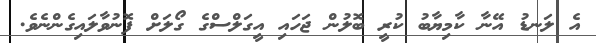
އެ ލަނޑު އޭނާ ކާމިޔާބު ކުރީ ބޮލުން ޖަހައި އީގަލްސްގެ ގޯލަށް ފޮނުވާލައިގެންނެވެ.